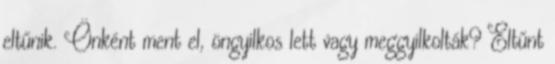
eltűnik. Önként ment el, öngyilkos lett vagy meggyilkolták? Eltűnt